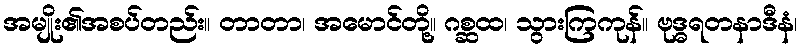
အမျိုး၏အစပ်တည်း။ တာတာ၊ အမောင်တို့။ ဂစ္ဆထ၊ သွားကြကုန်။ ဗုဒ္ဓရတနာဒီနံ၊